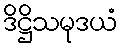
ဒိဋ္ဌိသမုဒယံ